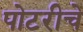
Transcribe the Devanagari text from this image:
पोटरीचे